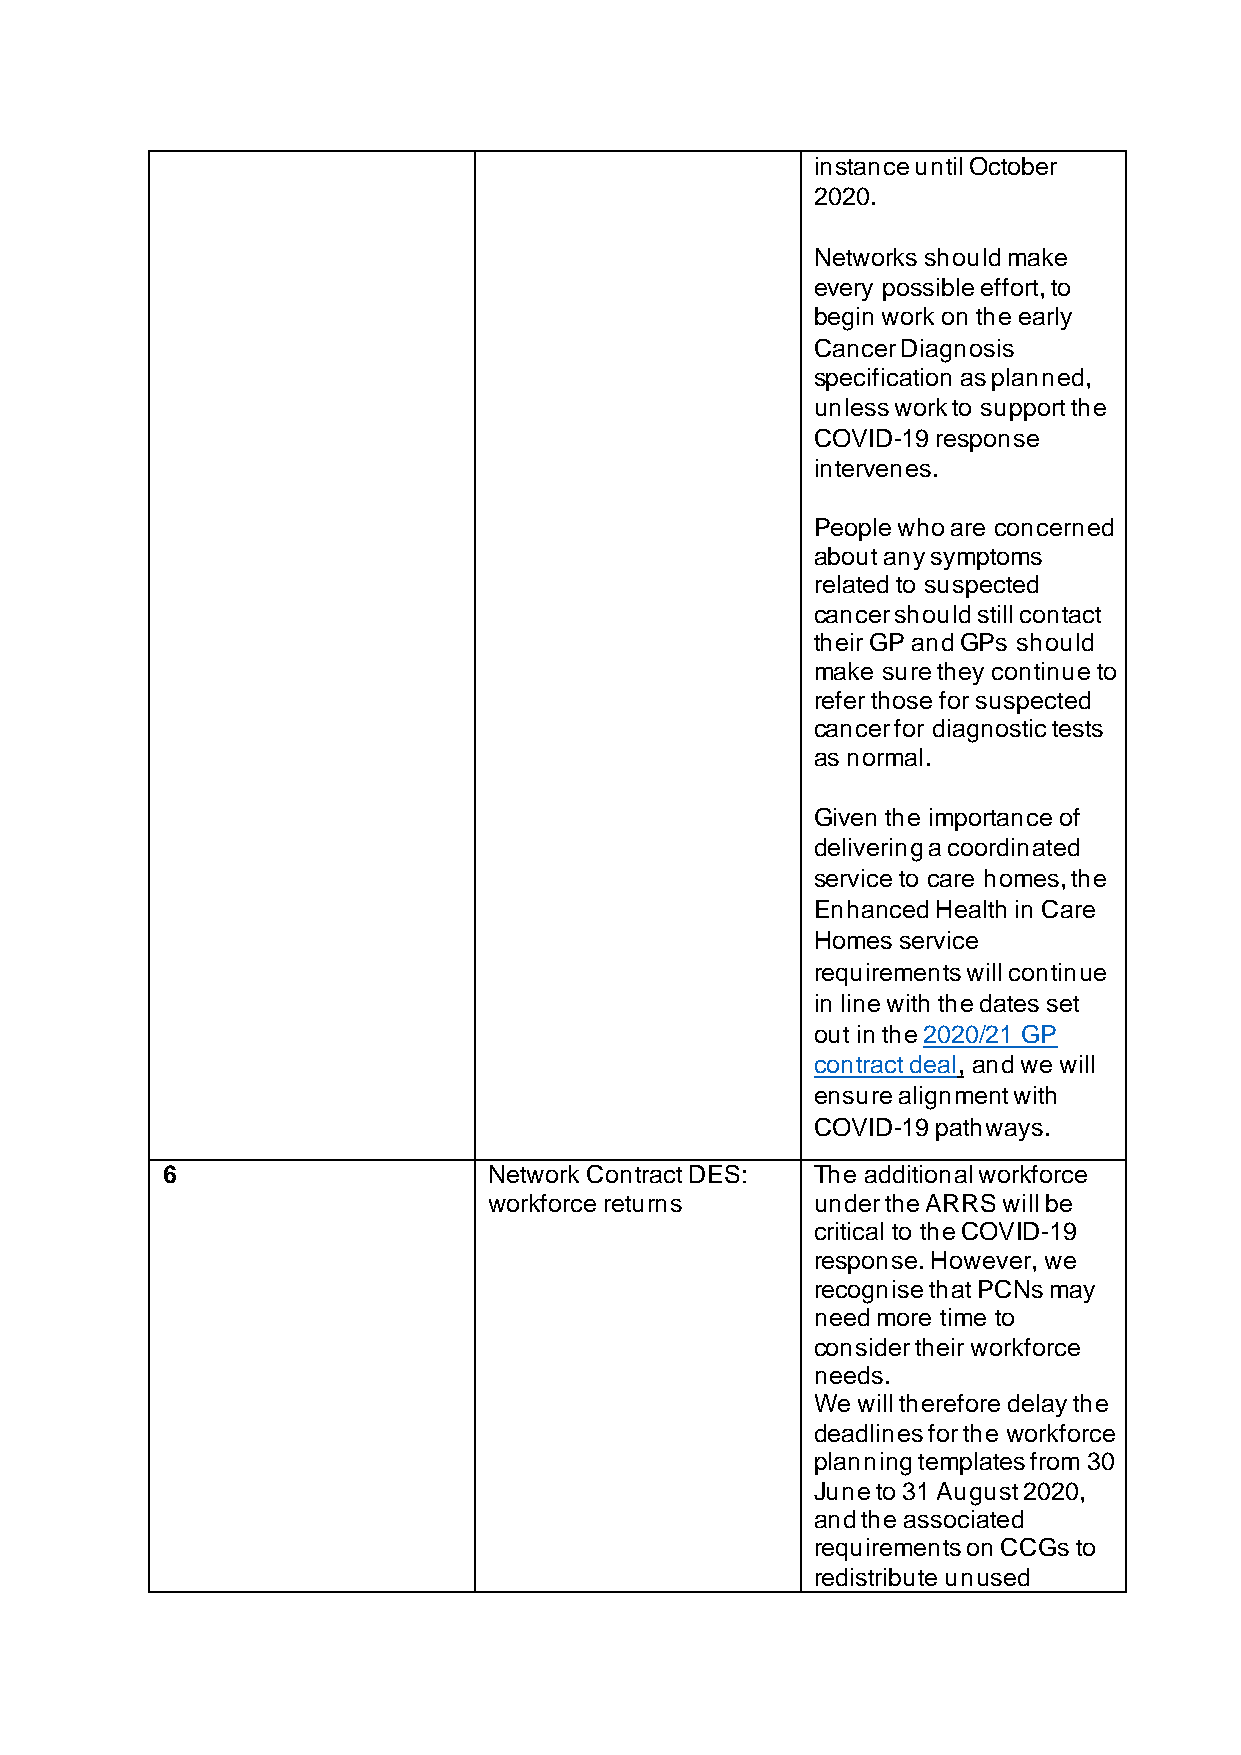
instance until October
 2020.
 Networks should make
 every possible effort, to
 begin work on the early
 Cancer Diagnosis
 specification as planned,
 unless work to support the
 COVID-19 response
 intervenes.
 People who are concerned
 about any symptoms
 related to suspected
 cancer should still contact
 their GP and GPs should
 make sure they continue to
 refer those for suspected
 cancer for diagnostic tests
 as normal.
 Given the importance of
 delivering a coordinated
 service to care homes, the
 Enhanced Health in Care
 Homes service
 requirements will continue
 in line with the dates set
 out in the 2020/21 GP
 contract deal, and we will
 ensure alignment with
 COVID-19 pathways.
 6                    Network Contract DES: The additional workforce
 workforce returns     under the ARRS will be
 critical to the COVID-19
 response. However, we
 recognise that PCNs may
 need more time to
 consider their workforce
 needs.
 We will therefore delay the
 deadlines for the workforce
 planning templates from 30
 June to 31 August 2020,
 and the associated
 requirements on CCGs to
 redistribute unused